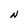
Character: N